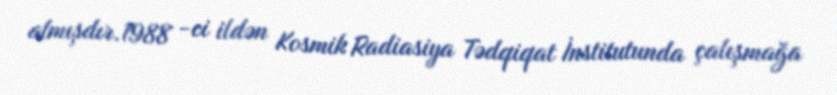
almışdır.1988 -ci ildən Kosmik Radiasiya Tədqiqat İnstitutunda çalışmağa